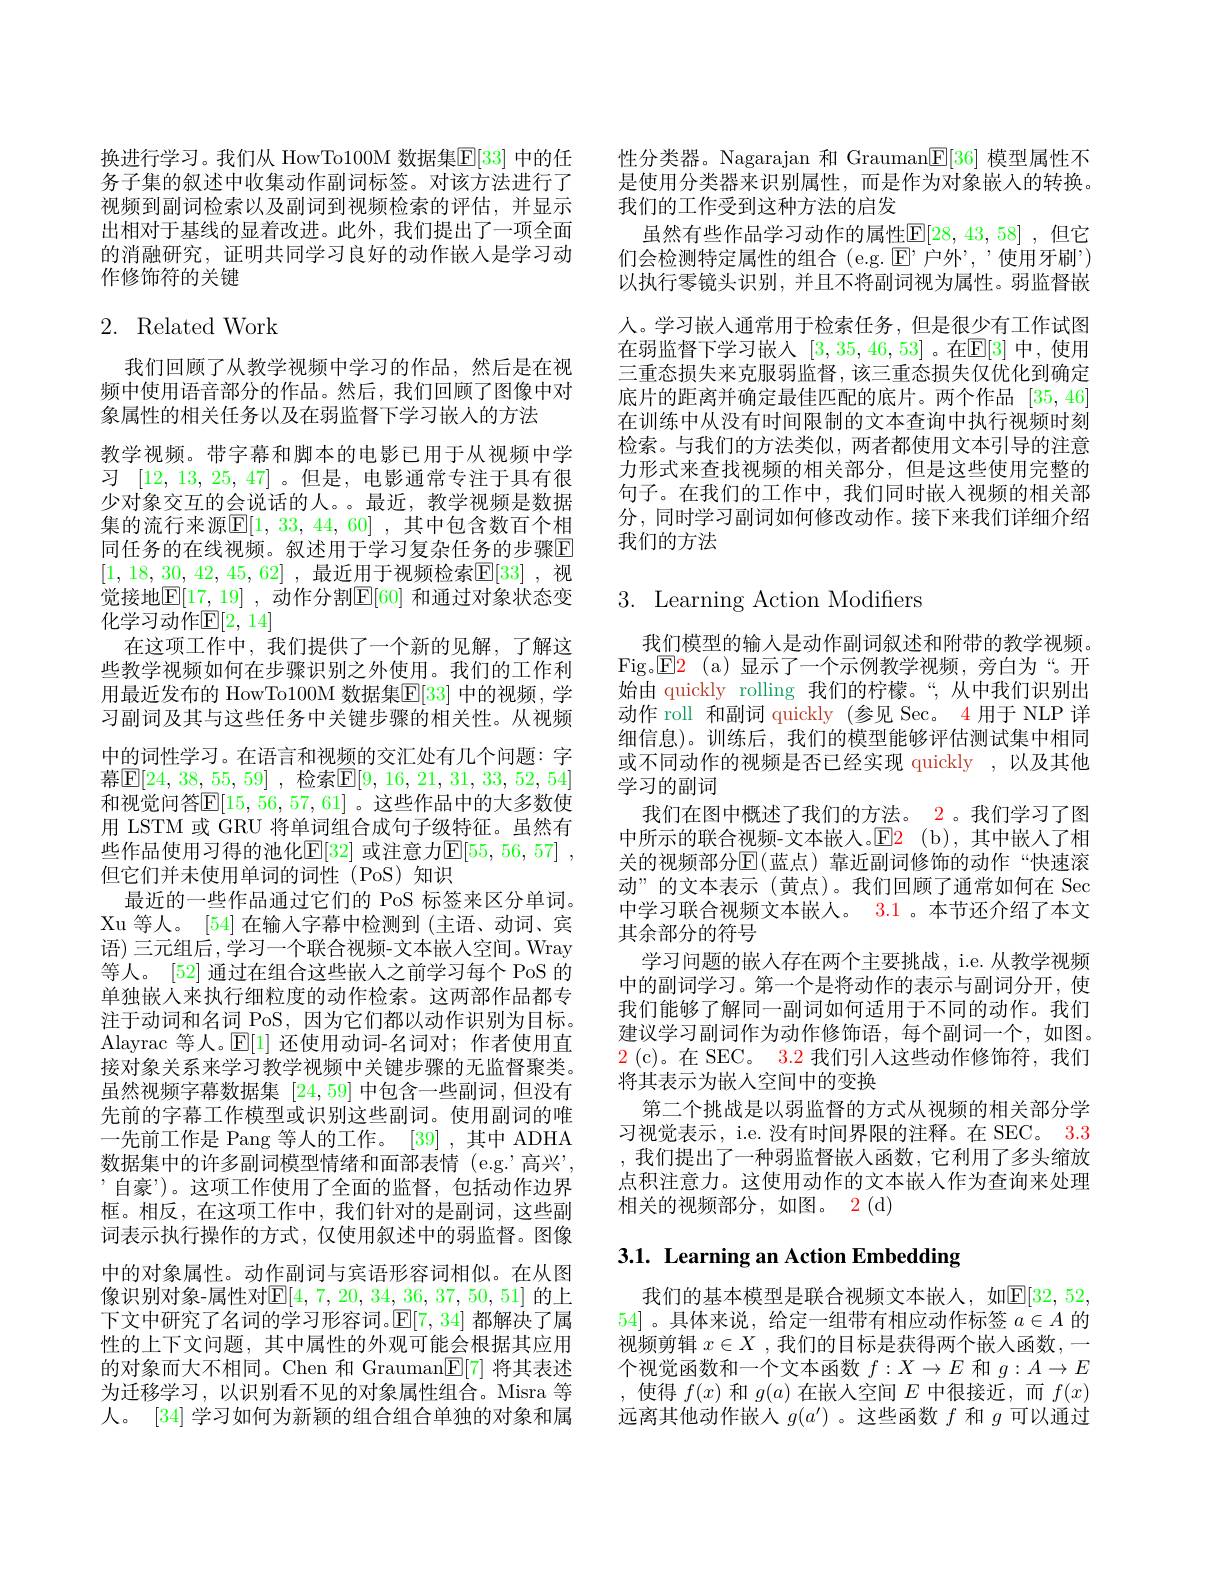
换进行学习。我们从 HowTo100M 数据集$\mathbb{E}[33]$ 中的任务子集的叙述中收集动作副词标签。对该方法进行了视频到副词检索以及副词到视频检索的评估，并显示出相对于基线的显着改进。此外，我们提出了一项全面的消融研究，证明共同学习良好的动作嵌入是学习动作修饰符的关键

# 2. Related Work

我们回顾了从教学视频中学习的作品，然后是在视频中使用语音部分的作品。然后，我们回顾了图像中对象属性的相关任务以及在弱监督下学习嵌人的方法
教学视频。带字幕和脚本的电影已用于从视频中学习[12,13,25,47]。但是，电影通常专注于具有很少对象交互的会说话的人。。最近，教学视频是数据集的流行来源$\mathbb{E}[1,33,44,60]$ ,其中包含数百个相同任务的在线视频。叙述用于学习复杂任务的步骤$\mathbb{E}$ [1,18,30,42,45,62] ,最近用于视频检索$\mathbb{E}[33]$ ,视觉接地$\mathbb{E}[17,19]$ ,动作分割$\mathbb{E}[60]$ 和通过对象状态变化学习动作$\mathbb{E}[2,14]$
在这项工作中，我们提供了一个新的见解，了解这些教学视频如何在步骤识别之外使用。我们的工作利用最近发布的 HowTo100M 数据集$\mathbb{E}[33]$ 中的视频，学习副词及其与这些任务中关键步骤的相关性。从视频中的词性学习。在语言和视频的交汇处有几个问题：字幕$\mathbb{E} [ 24$, 38, $\underline {55}$, 59] ,检索$\mathbb{E} [ 9$, 16, 21, 31, 33, 52, 54] 和视觉问答$\mathbb{E}[15,56,57,61]$。这些作品中的大多数使用 LSTM 或 GRU 将单词组合成句子级特征。虽然有些作品使用习得的池化[E[32] 或注意力$\mathbb{E} [ 55, 56, 57]$ , 但它们并未使用单词的词性(PoS)知识
最近的一些作品通过它们的 PoS 标签来区分单词。Xu 等人。[54] 在输入字幕中检测到 (主语、动词、宾语) 三元组后，学习一个联合视频-文本嵌人空间。Wray 等人。[52] 通过在组合这些嵌人之前学习每个 PoS 的单独嵌人来执行细粒度的动作检索。这两部作品都专注于动词和名词 PoS,因为它们都以动作识别为目标。Alayrac 等人。$\mathbb{E}[1]$还使用动词-名词对；作者使用直接对象关系来学习教学视频中关键步骤的无监督聚类。虽然视频字幕数据集[24,59]中包含一些副词，但没有先前的字幕工作模型或识别这些副词。使用副词的唯一先前工作是 Pang 等人的工作。[39] ,其中 ADHA 数据集中的许多副词模型情绪和面部表情 (e.g.'高兴', '自豪”)。这项工作使用了全面的监督，包括动作边界框。相反，在这项工作中，我们针对的是副词，这些副词表示执行操作的方式，仅使用叙述中的弱监督。图像中的对象属性。动作副词与宾语形容词相似。在从图像识别对象-属性对$\mathbb{E}[4,7,20,34,36,37,50,51]$ 的上下文中研究了名词的学习形容词。$\mathbb{E}[7,34]$都解决了属性的上下文问题，其中属性的外观可能会根据其应用的对象而大不相同。Chen 和 Grauman$\mathbb{E}[7]$将其表述为迁移学习，以识别看不见的对象属性组合。Misra 等人。[34] 学习如何为新颖的组合组合单独的对象和属

性分类器。Nagarajan 和 Grauman$\underline{\mathbb{F}}[36]$模型属性不是使用分类器来识别属性，而是作为对象嵌入的转换。我们的工作受到这种方法的启发
虽然有些作品学习动作的属性$\mathbb{E}[28,43,58]$ ,但它们会检测特定属性的组合(e.g.$\operatorname{E}^$,户外”, 使用牙刷”) 以执行零镜头识别，并且不将副词视为属性。弱监督嵌人。学习嵌人通常用于检索任务，但是很少有工作试图在弱监督下学习嵌人 [3,35,46,53] 。在$\mathbb{E}[3]$ 中，使用三重态损失来克服弱监督，该三重态损失仅优化到确定底片的距离并确定最佳匹配的底片。两个作品 [35,46] 在训练中从没有时间限制的文本查询中执行视频时刻检索。与我们的方法类似，两者都使用文本引导的注意力形式来查找视频的相关部分，但是这些使用完整的句子。在我们的工作中，我们同时嵌人视频的相关部分，同时学习副词如何修改动作。接下来我们详细介绍我们的方法

# 3. Learning Action Modifiers

我们模型的输入是动作副词叙述和附带的教学视频。Fig。$\boxed{\mathrm{E} }2$ (a)显示了一个示例教学视频，旁白为“。开始由 quickly rolling 我们的柠檬。“,从中我们识别出动作 roll 和副词 quickly (参见 Sec。4 用于 NLP 详细信息)。训练后，我们的模型能够评估测试集中相同或不同动作的视频是否已经实现 quickly , 以及其他学习的副词
我们在图中概述了我们的方法。2。我们学习了图中所示的联合视频-文本嵌入。$\color{red}{\mathrm{E2}}\:\mathrm{(b),}$其中嵌人了相关的视频部分$\operatorname{E}($蓝点)靠近副词修饰的动作“快速滚动”的文本表示(黄点)。我们回顾了通常如何在 Sec 中学习联合视频文本嵌人。3.1 。本节还介绍了本文其余部分的符号
学习问题的嵌人存在两个主要挑战，i.e. 从教学视频中的副词学习。第一个是将动作的表示与副词分开，使我们能够了解同一副词如何适用于不同的动作。我们建议学习副词作为动作修饰语，每个副词一个，如图。2 ( c) 。在 SEC。3. 2 我 们 引 入 这 些 动 作 修 饰 符 , 我 们 将其表示为嵌入空间中的变换
第二个挑战是以弱监督的方式从视频的相关部分学习视觉表示，i.e. 没有时间界限的注释。在 SEC。3.3 ,我们提出了一种弱监督嵌人函数，它利用了多头缩放点积注意力。这使用动作的文本嵌人作为查询来处理相关的视频部分，如图。2(d)

# 3.1. Learning an Action Embedding

我们的基本模型是联合视频文本嵌人，如$\mathbb{E}[32,52$, 54] 。具体来说，给定一组带有相应动作标签$a\in A$的视频剪辑$x\in X$ ,我们的目标是获得两个嵌人函数，一个视觉函数和一个文本函数$f:X\to E$和$g:A\to E$ ,使得$f(x)$和$g(a)$在嵌入空间$E$中很接近，而$f(x)$ 远离其他动作嵌人$g(a^\prime)$ 。这些函数$f$和$g$可以通过